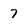
Character: 7